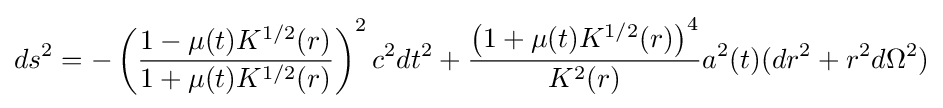
ds^{2}=-\left({\frac {1-\mu (t)K^{1/2}(r)}{1+\mu (t)K^{1/2}(r)}}\right)^{2}c^{2}dt^{2}+{\frac {\left(1+\mu (t)K^{1/2}(r)\right)^{4}}{K^{2}(r)}}a^{2}(t)(dr^{2}+r^{2}d\Omega ^{2})